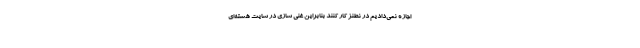
اجازه نمی‌دادیم در نطنز کار کنند بنابراین غنی سازی در سایت هسته‌ای